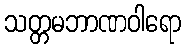
သတ္တမဘာဏဝါရော